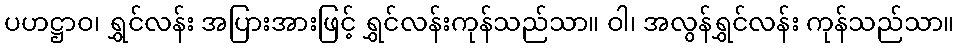
ပဟဋ္ဌာဝ၊ ရွှင်လန်း အပြားအားဖြင့် ရွှင်လန်းကုန်သည်သာ။ ဝါ၊ အလွန်ရွှင်လန်း ကုန်သည်သာ။